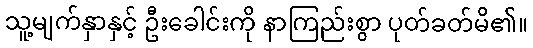
သူ့မျက်နှာနှင့် ဦးခေါင်းကို နာကြည်းစွာ ပုတ်ခတ်မိ၏။